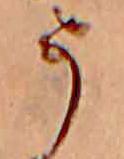
う